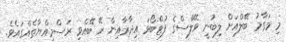
މި މަގާމު ބޭލްއަށް ލިބުނީ ވޭލްސްގެ ފުޓްބޯޅަ އިދާރާއިން ރޭ ބޭއްވި ރަސްމިއްޔާތެއްގައެވެ.